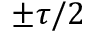
\pm \tau / 2